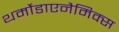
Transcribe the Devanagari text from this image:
थर्मोडाएनैमिक्स